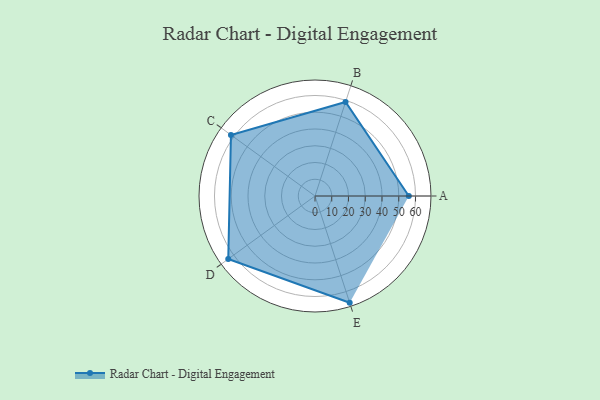
{"axis": {"x": "Skill", "y": "Score"}, "legend": ["Profile"], "data": [{"x": "A", "y": 56.0, "type": "Profile"}, {"x": "B", "y": 59.0, "type": "Profile"}, {"x": "C", "y": 62.0, "type": "Profile"}, {"x": "D", "y": 64.0, "type": "Profile"}, {"x": "E", "y": 67.0, "type": "Profile"}]}